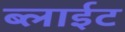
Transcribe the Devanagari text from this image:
ब्लाईट